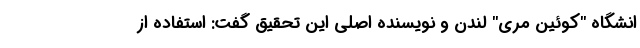
انشگاه "کوئین مری" لندن و نویسنده اصلی این تحقیق گفت: استفاده از